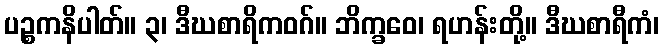
ပဉ္စကနိပါတ်။ ၃၊ ဒီဃစာရိကဝဂ်။ ဘိက္ခဝေ၊ ရဟန်းတို့။ ဒီဃစာရီကံ၊